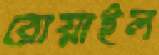
রোয়াইল